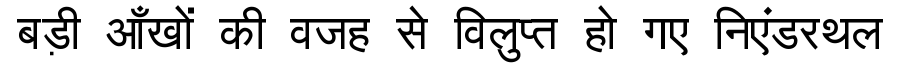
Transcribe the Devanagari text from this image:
बड़ी आँखों की वजह से विलुप्त हो गए निएंडरथल